Annual report on the working of the lock hospitals in the Central Provinces
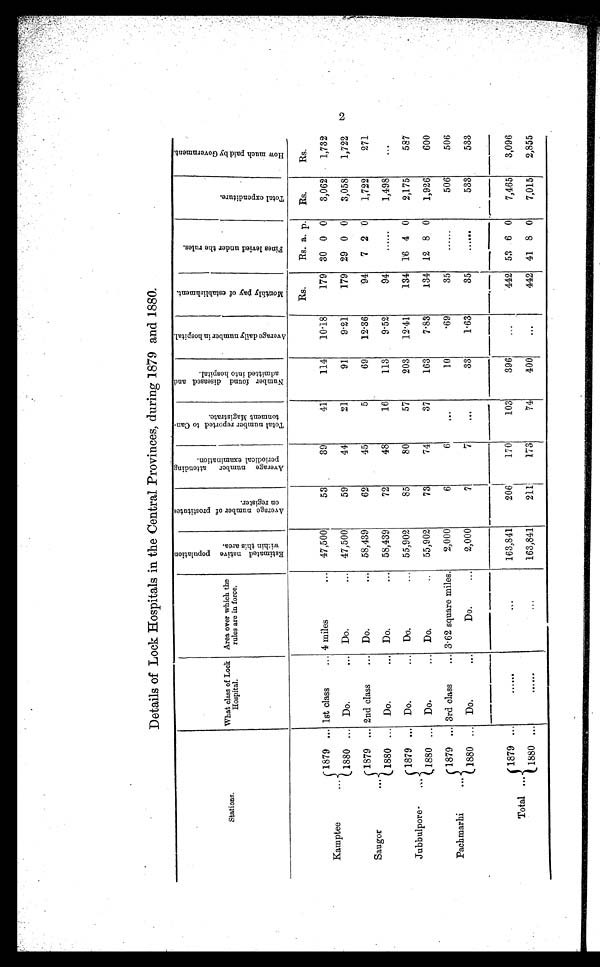
Details of Lock Hospitals in the Central Provinces, during 1879 and 1880.
Stations.
What class of Lock
Hospital.
Area over which the
rules are in force.
E s t i m a t e d n a t i v e p o p u l a t i o n w i t h i n t h i s a r e a .
A v e r a g e n u m b e r o f p r o s t i t u t e s o n r e g i s t e r .
A v e r a g e n u m b e r a t t e n d i n g p e r i o d i c a l e x a m i n a t i o n .
T o t a l n u m b e r r e p o r t e d t o C a n t o n m e n t M a g i s t r a t e .
N u m b e r f o u n d d i s e a s e d a n d a d m i t t e d i n t o h o s p i t a l .
A v e r a g e d a i l y n u m b e r i n h o s p i t a l .
M o n t h l y p a y o f e s t a b l i s h m e n t .
F i n e s l e v i e d u n d e r t h e r u l e s .
T o t a l e x p e n d i t u r e .
H o w m u c h p a i d b y G o v e r n m e n t .
Rs.
Rs. a. p. Rs.
Rs.
Kamptee
1879 ... 1st class
... 4 miles
••• 47,500
53
39
41
114
10.18
179 30 0 0
3,062
1,732
1880 ... Do.
... Do.
... 47,500
59
44
21
91
9.21
179 29 0 0
3 , 0 5 8 1,722
Saugor
1879 ... 2nd class
... Do.
•.. 58,439
62
45
5
69
12.36
94
7 2 0
1,722
271
1880 ... Do.
... Do.
... 58,439
72
48
16
113
9.52
94
......
1,498
...
Jubbulpore
1879 ... Do.
... Do.
... 55,902
85
80
57
203
12.41
134 16 4 0
2,175
587
1880 ... Do.
... Do.
..
55,902
73
74
37
163
7.83
134 12 8 0
1,926
600
Pachmarhi
1879 ... 3rd class
... 3.62 square miles.
2,000
6
6
. . .
10
.69
35
......
506
506
1880 ... Do.
•••
Do.
...
2,000
7
7
...
33
1.63
35
......
533
533
Total
1879 ...
......
. . .
163,841
206
170
103
396
...
442 53 6 0
7,465
3,096
1880 ...
......
...
163,841
211
173
74
400
...
442 41 8 0
7,015
2,855
2